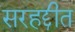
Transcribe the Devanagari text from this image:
सरहद्दीत